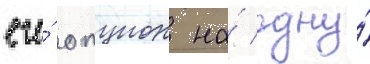
его́ опцион на́ одну́